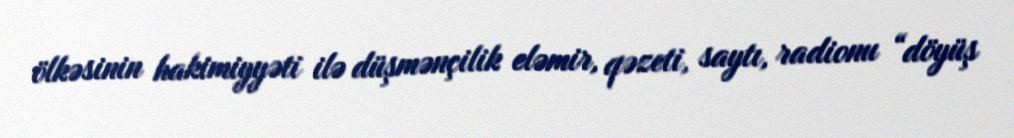
ölkəsinin hakimiyyəti ilə düşmənçilik eləmir, qəzeti, saytı, radionu “döyüş